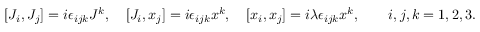
[ J _ { i } , J _ { j } ] = i \epsilon _ { i j k } J ^ { k } , \quad [ J _ { i } , x _ { j } ] = i \epsilon _ { i j k } x ^ { k } , \quad [ x _ { i } , x _ { j } ] = i \lambda \epsilon _ { i j k } x ^ { k } , \quad \quad i , j , k = 1 , 2 , 3 .